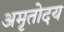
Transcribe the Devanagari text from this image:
अमृतोदय